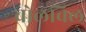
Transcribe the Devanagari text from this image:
वोलविल